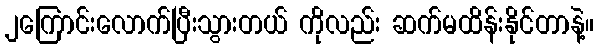
၂ကြောင်းလောက်ပြီးသွားတယ် ကိုလည်း ဆက်မထိန်းနိုင်တာနဲ့။